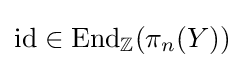
\operatorname {id} \in \operatorname {End} _{\mathbb {Z} }(\pi _{n}(Y))